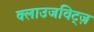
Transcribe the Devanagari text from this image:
क्लाउजविट्ज़